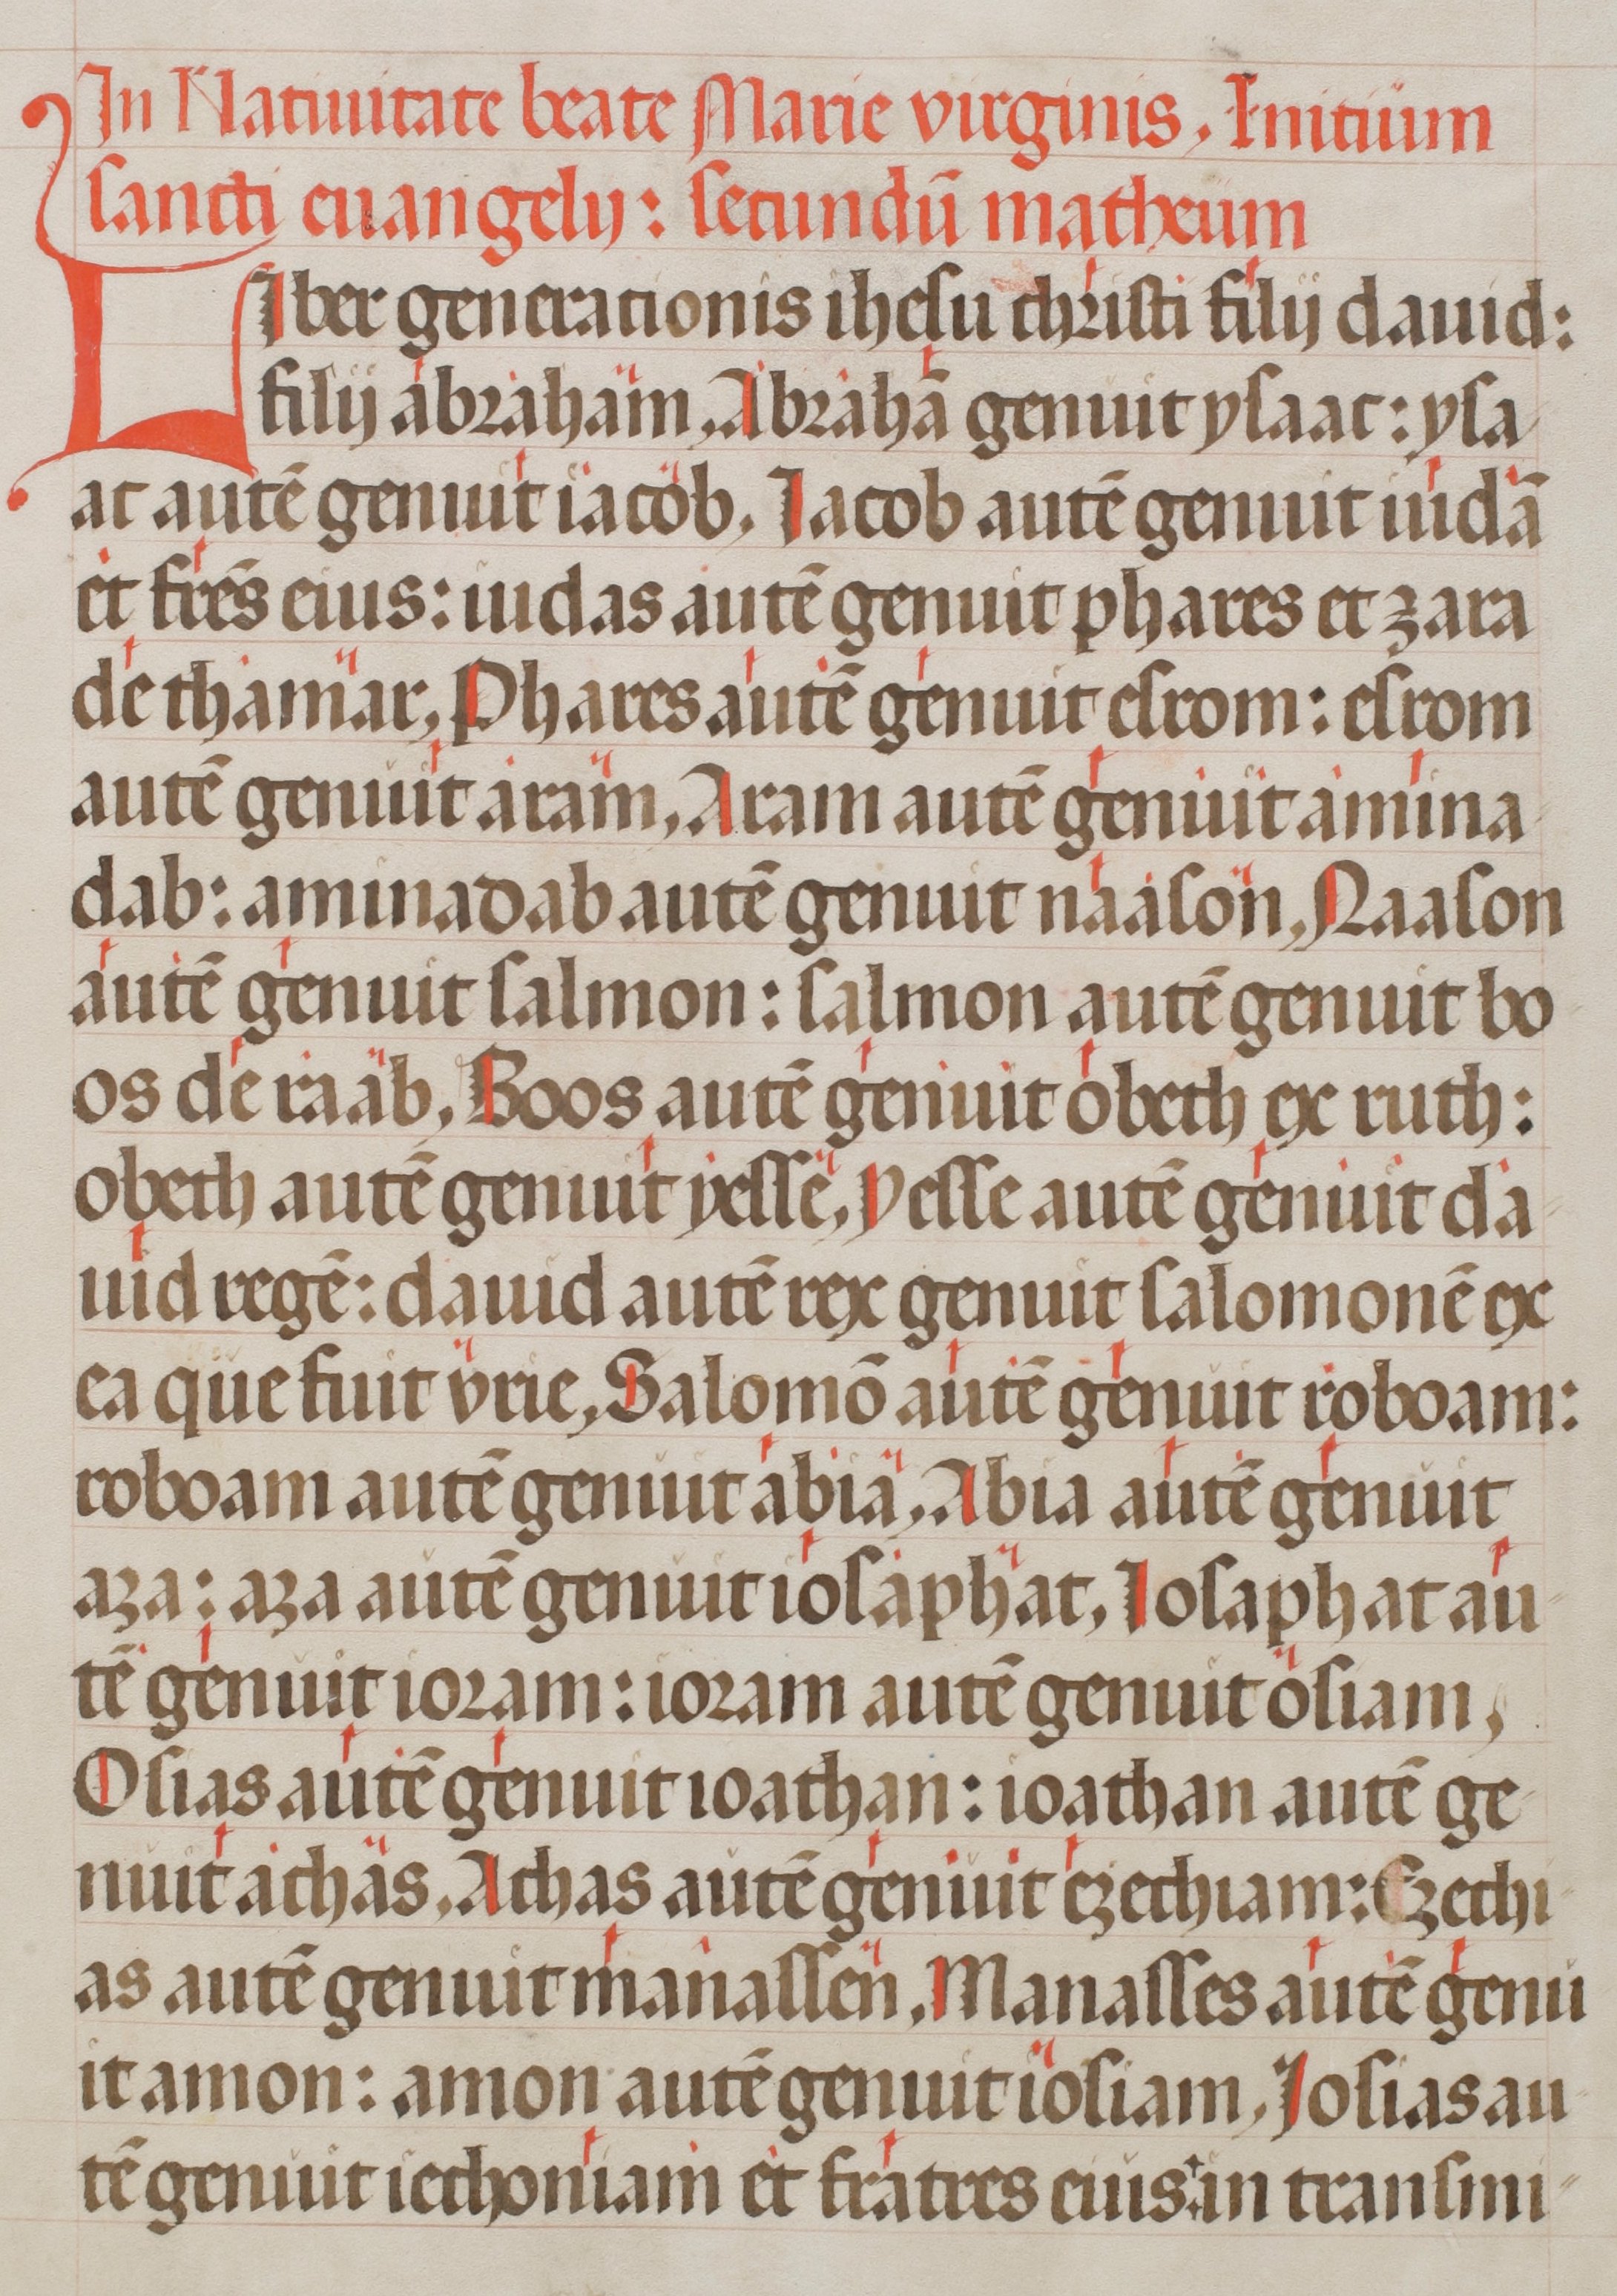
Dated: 1400–1499